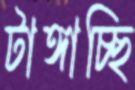
টাঙ্গাচ্ছি